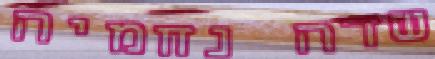
שדה נחמיה